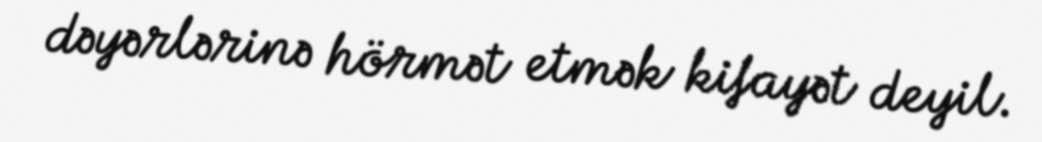
dəyərlərinə hörmət etmək kifayət deyil.